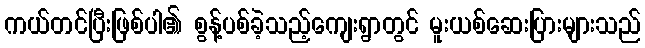
ကယ်တင်ပြီးဖြစ်ပါ၏ စွန့်ပစ်ခဲ့သည့်ကျေးရွာတွင် မူးယစ်ဆေးပြားများသည်